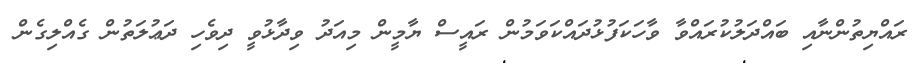
ރައްޔިތުންނާއި ބައްދަލުކުރައްވާ ވާހަކަފުޅުދައްކަވަމުން ރައީސް ޔާމީން މިއަދު ވިދާޅުވީ ދިވެހި ދަޢުލަތުން ގެއްލިގެން